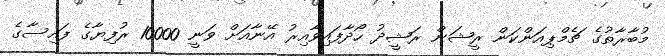
މުބާރާތުގެ ޗެމްޕިއަންކަން ރީޝަން ރަޝީދު ހޯދާފައިވާއިރު އޭނާއަށް ވަނީ 10000 ރުފިޔާގެ ފައިސާގެ